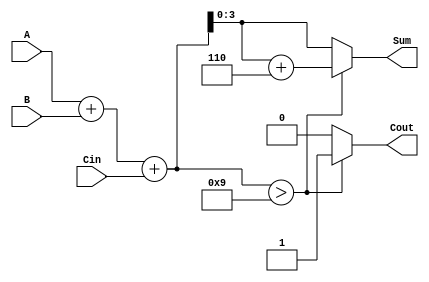
module BCD_Conditional_Adder (
    input [3:0] A,      // First BCD digit
    input [3:0] B,      // Second BCD digit
    input Cin,          // Carry input
    output reg [3:0] Sum, // BCD sum output
    output reg Cout      // Carry output
);

    wire [4:0] Sum_temp; // Temporary sum (5 bits to accommodate carry)
    
    // Calculate the initial sum
    assign Sum_temp = A + B + Cin;

    always @(*) begin
        // Check if the sum exceeds 9
        if (Sum_temp > 9) begin
            Sum = Sum_temp + 6; // Apply BCD correction
            Cout = 1;           // Set carry out
        end else begin
            Sum = Sum_temp;     // No correction needed
            Cout = 0;           // No carry out
        end
    end

endmodule